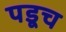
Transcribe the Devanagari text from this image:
पडूच